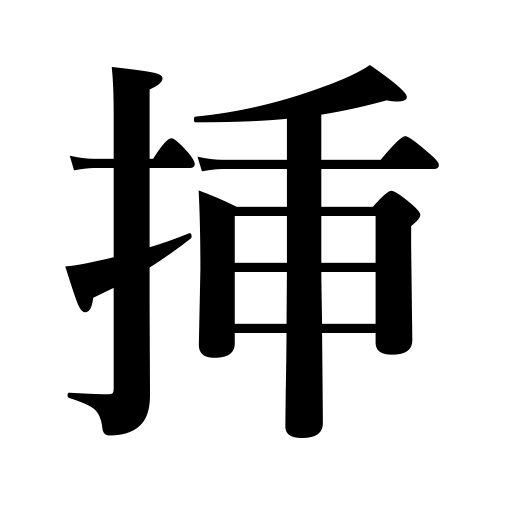
Meanings: put in,insert,wear a sword,carry in the belt,graft a branch